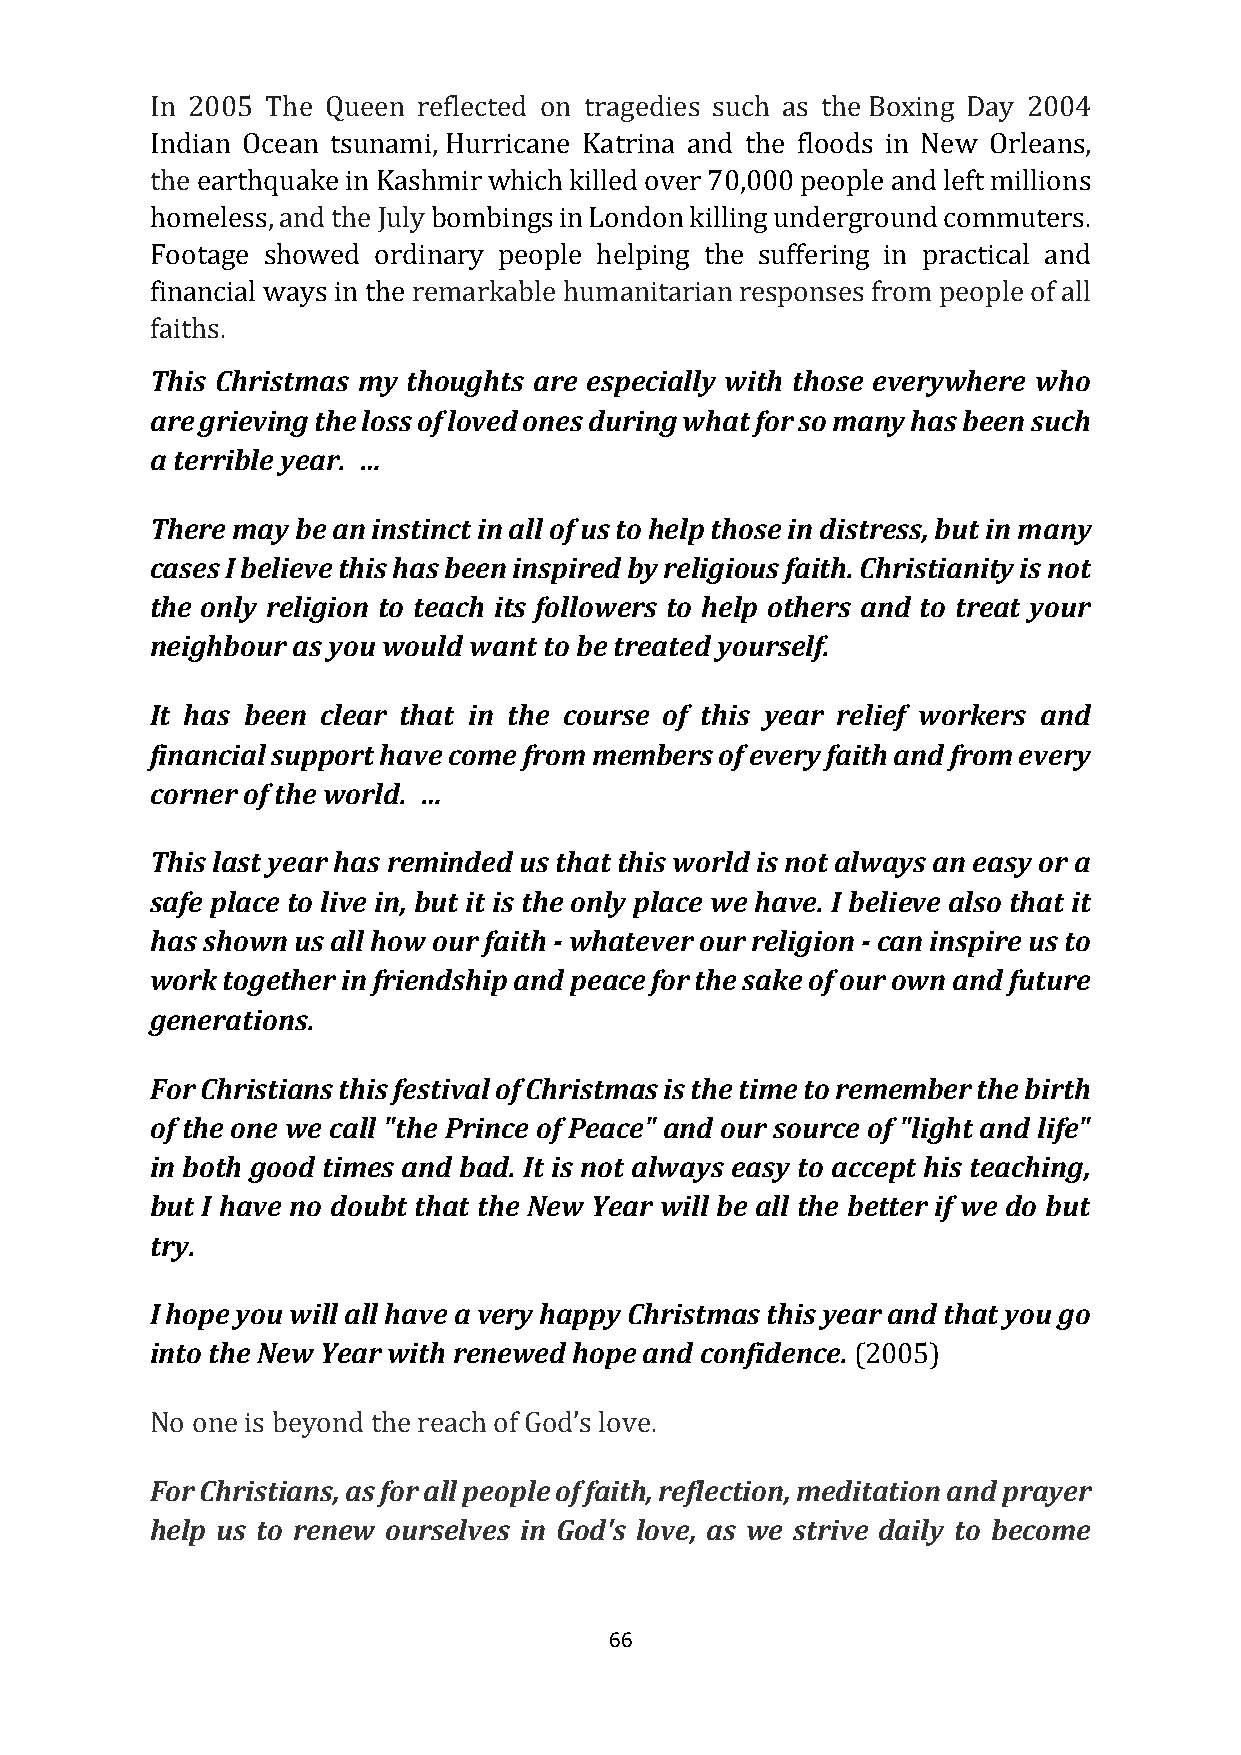
In 2005 The Queen reflected on tragedies such as the Boxing Day 2004
 Indian Ocean tsunami, Hurricane Katrina and the floods in New Orleans,
 the earthquake in Kashmir which killed over 70,000 people and left millions
 homeless, and the July bombings in London killing underground commuters.
 Footage showed ordinary people helping the suffering in practical and
 financial ways in the remarkable humanitarian responses from people of all
 faiths.
 This Christmas my thoughts are especially with those everywhere who
 are grieving the loss of loved ones during what for so many has been such
 a terrible year. …
 There may be an instinct in all of us to help those in distress, but in many
 cases I believe this has been inspired by religious faith. Christianity is not
 the only religion to teach its followers to help others and to treat your
 neighbour as you would want to be treated yourself.
 It has been clear that in the course of this year relief workers and
 financial support have come from members of every faith and from every
 corner of the world. …
 This last year has reminded us that this world is not always an easy or a
 safe place to live in, but it is the only place we have. I believe also that it
 has shown us all how our faith - whatever our religion - can inspire us to
 work together in friendship and peace for the sake of our own and future
 generations.
 For Christians this festival of Christmas is the time to remember the birth
 of the one we call "the Prince of Peace" and our source of "light and life"
 in both good times and bad. It is not always easy to accept his teaching,
 but I have no doubt that the New Year will be all the better if we do but
 try.
 I hope you will all have a very happy Christmas this year and that you go
 into the New Year with renewed hope and confidence. (2005)
 No one is beyond the reach of God’s love.
 For Christians, as for all people of faith, reflection, meditation and prayer
 help us to renew ourselves in God's love, as we strive daily to become
 66